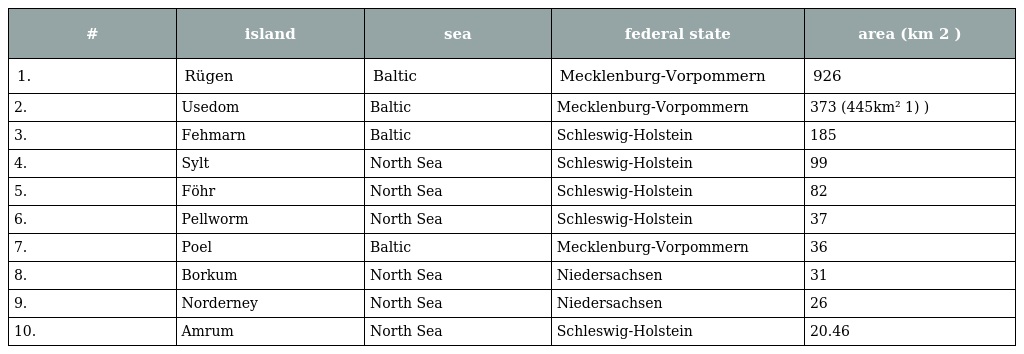
| # | island | sea | federal state | area (km 2 ) |
 | --- | --- | --- | --- | --- |
 | 1. | Rügen | Baltic | Mecklenburg-Vorpommern | 926 |
 | 2. | Usedom | Baltic | Mecklenburg-Vorpommern | 373 (445km² 1) ) |
 | 3. | Fehmarn | Baltic | Schleswig-Holstein | 185 |
 | 4. | Sylt | North Sea | Schleswig-Holstein | 99 |
 | 5. | Föhr | North Sea | Schleswig-Holstein | 82 |
 | 6. | Pellworm | North Sea | Schleswig-Holstein | 37 |
 | 7. | Poel | Baltic | Mecklenburg-Vorpommern | 36 |
 | 8. | Borkum | North Sea | Niedersachsen | 31 |
 | 9. | Norderney | North Sea | Niedersachsen | 26 |
 | 10. | Amrum | North Sea | Schleswig-Holstein | 20.46 |